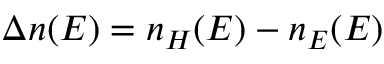
\displaystyle \Delta n ( E ) = n _ { H } ( E ) - n _ { E } ( E )